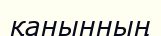
қанынның